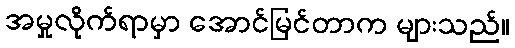
အမှုလိုက်ရာမှာ အောင်မြင်တာက များသည်။